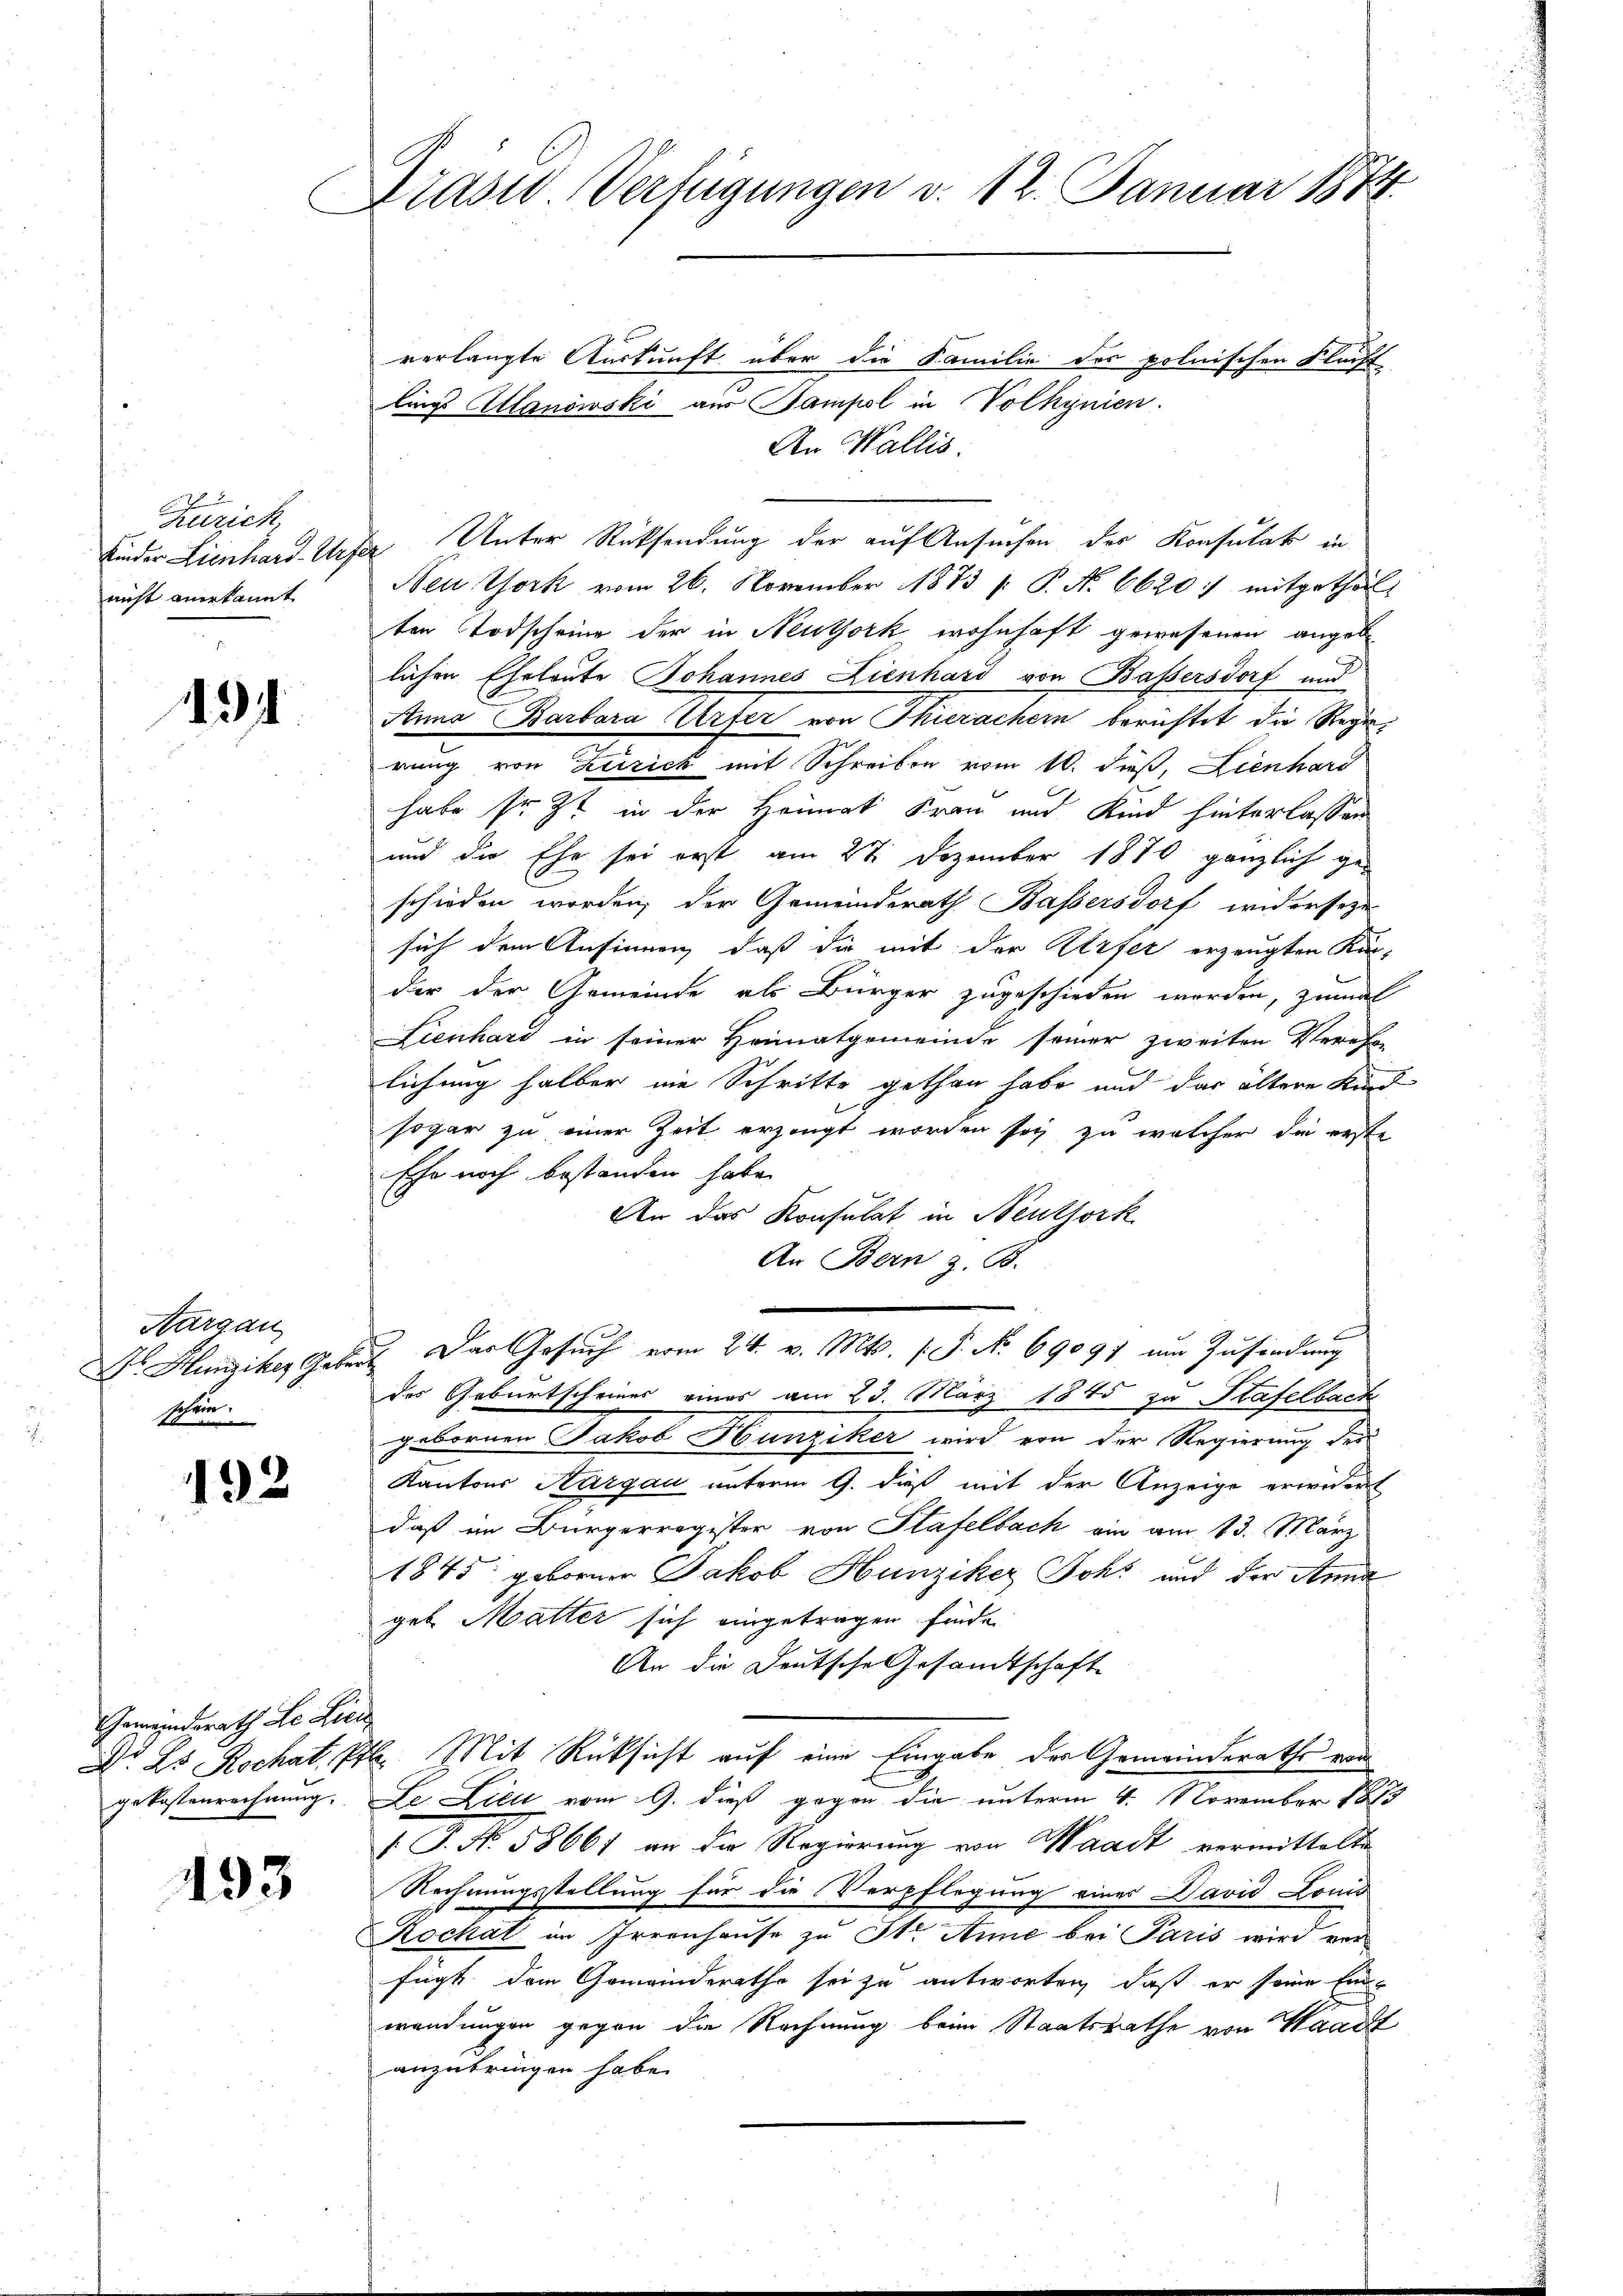
Zürich
Kinder Lienhard-Urf
nicht anerkannt.

491

Aargau
Dr. Hunziker Gebr
slein

192

Gemeindsrath Li Lici
Dr. Es Rochat. Pr.
gekostenrechnung.

493

Praser Verfügungen v. 12. Januar 1874.

verlangte Auskunft über die Familie der polnischen Flucht
lings Atlanowski aus Sampol in Volhynien.
An Wallis.
Neu York vom 26. November 1873 (: P. N. 6620: mitgethalt
ten Todscheine der in Neuthork wohnhaft gewesenen angeb
lichen Eheleute Johannes Lienhard von Bassersdorf und
Anna Barbara Urfer von Thierachern berichtet die Regierung von Zerrich mit Schreiben vom 10. dieß, Lienhard
habe sr. Zt. in der Heimat Frau und Kind hinterlassen
und die Ehe sei erst am 27. Dezember 1870 gänzlich ge-
schieden worden, der Gemeinderath Bassersdorf widerseze
sich dem Ansinnen, daß die mit der Urfer erzeugten Kin-
der der Gemeinde als Bürger zugeschieden worden, zumal
Lienhard in seiner Heimatgemeinde seiner zweiten Verehe
lichung halber nie Schritte gethan habe und das ältere Kief
sogar zu einer Zeit erzeugt worden sey zu welcher die rechte
Ehe noch bestanden habe.
An das Konsulat in Neuthork
An Bern z. B.
Das Gesuch vom 24. v. Mts. (T. No. 69097 um Zufindung
des Geburtscheines eines am 23. März 1845 zu Stafelbach
gebornen Jakob Hunziker wird von der Regierung der
Kantons Aargau unterm 9. dieß mit der Anzeige erwidert
daß im Bürgerregister von Stafelbach ein am 13. März
1845 geborner Jakob Hunziker Johs und der Anna
geb. Matter sich eingetragen finde.
An die Deutsche Gesamtschaft
 Mit Rücksicht auf eine Eingabe des Gemeinderaths von
Le Lici vom 9. dieß gegen die unterm 4. November 1883
P. No. 58661 an die Regierung von Waadt vermittelte
Rechnungsstellung für die Verpflegung eines David Louis
2
Kochat im Irrenhause zu St. Anne bei Paris wird vor
fügt dem Gemeinderathe sei zu antworten, daß er seine Ei
wendungen gegen die Rechnung beim Staatsrathe von Waadt
anzubringen habe.

Unter Rücksendung der auf Ansuchen des Konsulat in